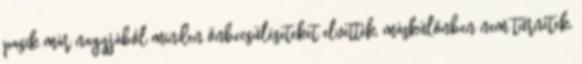
pasik már nagyjából minden önbecsüléseteket elvették, máskülönben nem tűrnétek,